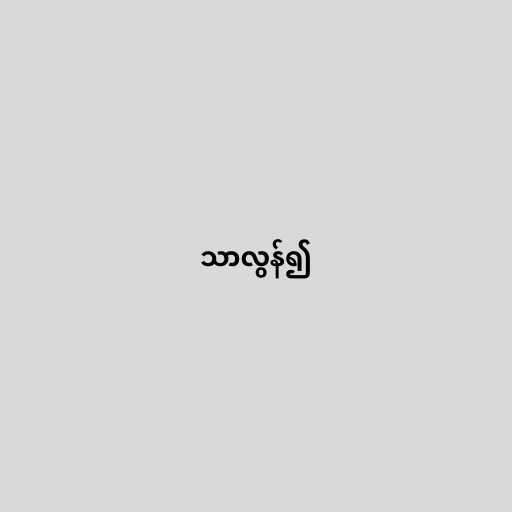
သာလွန်၍